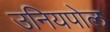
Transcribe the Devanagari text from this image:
उनियपोल